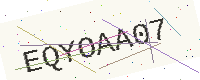
Text: EQYOAA07